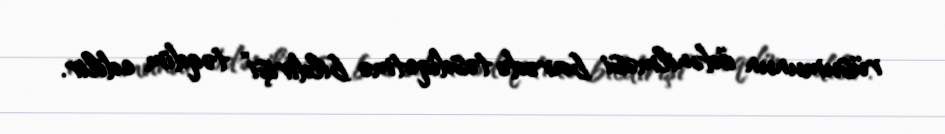
rüsumunun ödənilməsi barədə təsdiqetmə bildirişi” təqdim edilir.